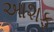
આશફ